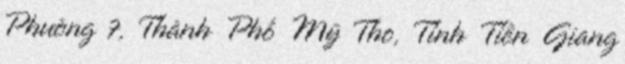
Phường 7, Thành Phố Mỹ Tho, Tỉnh Tiền Giang